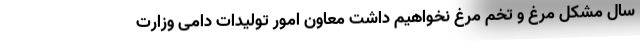
سال مشکل مرغ و تخم مرغ نخواهیم داشت معاون امور تولیدات دامی وزارت